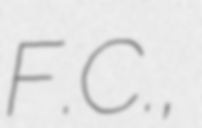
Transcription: F.C.,